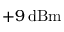
+ 9 \, \mathrm { d B m }